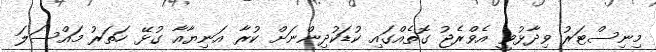
މިނިސްޓަރު ވިދާޅުވީ އެވްރެޖު ގޮތެއްގައި ކުޑަކުދިންނަށް ކުރާ އަނިޔާއާ ގުޅޭ ހަތަރު މައްސަލަ